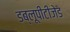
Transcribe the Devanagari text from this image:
डब्लूपीटीजेड